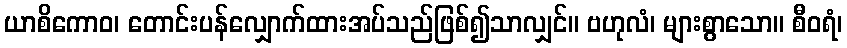
ယာစိကောဝ၊ တောင်းပန်လျှောက်ထားအပ်သည်ဖြစ်၍သာလျှင်။ ဗဟုလံ၊ များစွာသော။ စီဝရံ၊